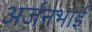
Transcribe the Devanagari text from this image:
अर्जनभाई